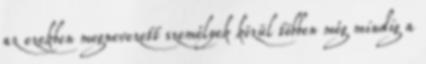
az ezekben megnevezett személyek közül többen még mindig a